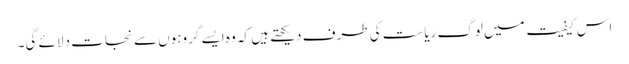
اس کیفیت میں لوگ ریاست کی طرف دیکھتے ہیں کہ وہ ایسے گروہوں سے نجات دلائے گی۔